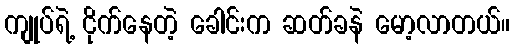
ကျုပ်ရဲ့ ငိုက်နေတဲ့ ခေါင်းက ဆတ်ခနဲ မော့လာတယ်။